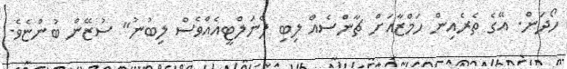
ހޯދަން. އޭގެ ތެރެއިން ހަމްޒާއަށް ޗާންސެއް ލިބި ޕެނަލްޓީއެއްވެސް ލިބުނު" ސުޒޭން ބުންޏެވެ.